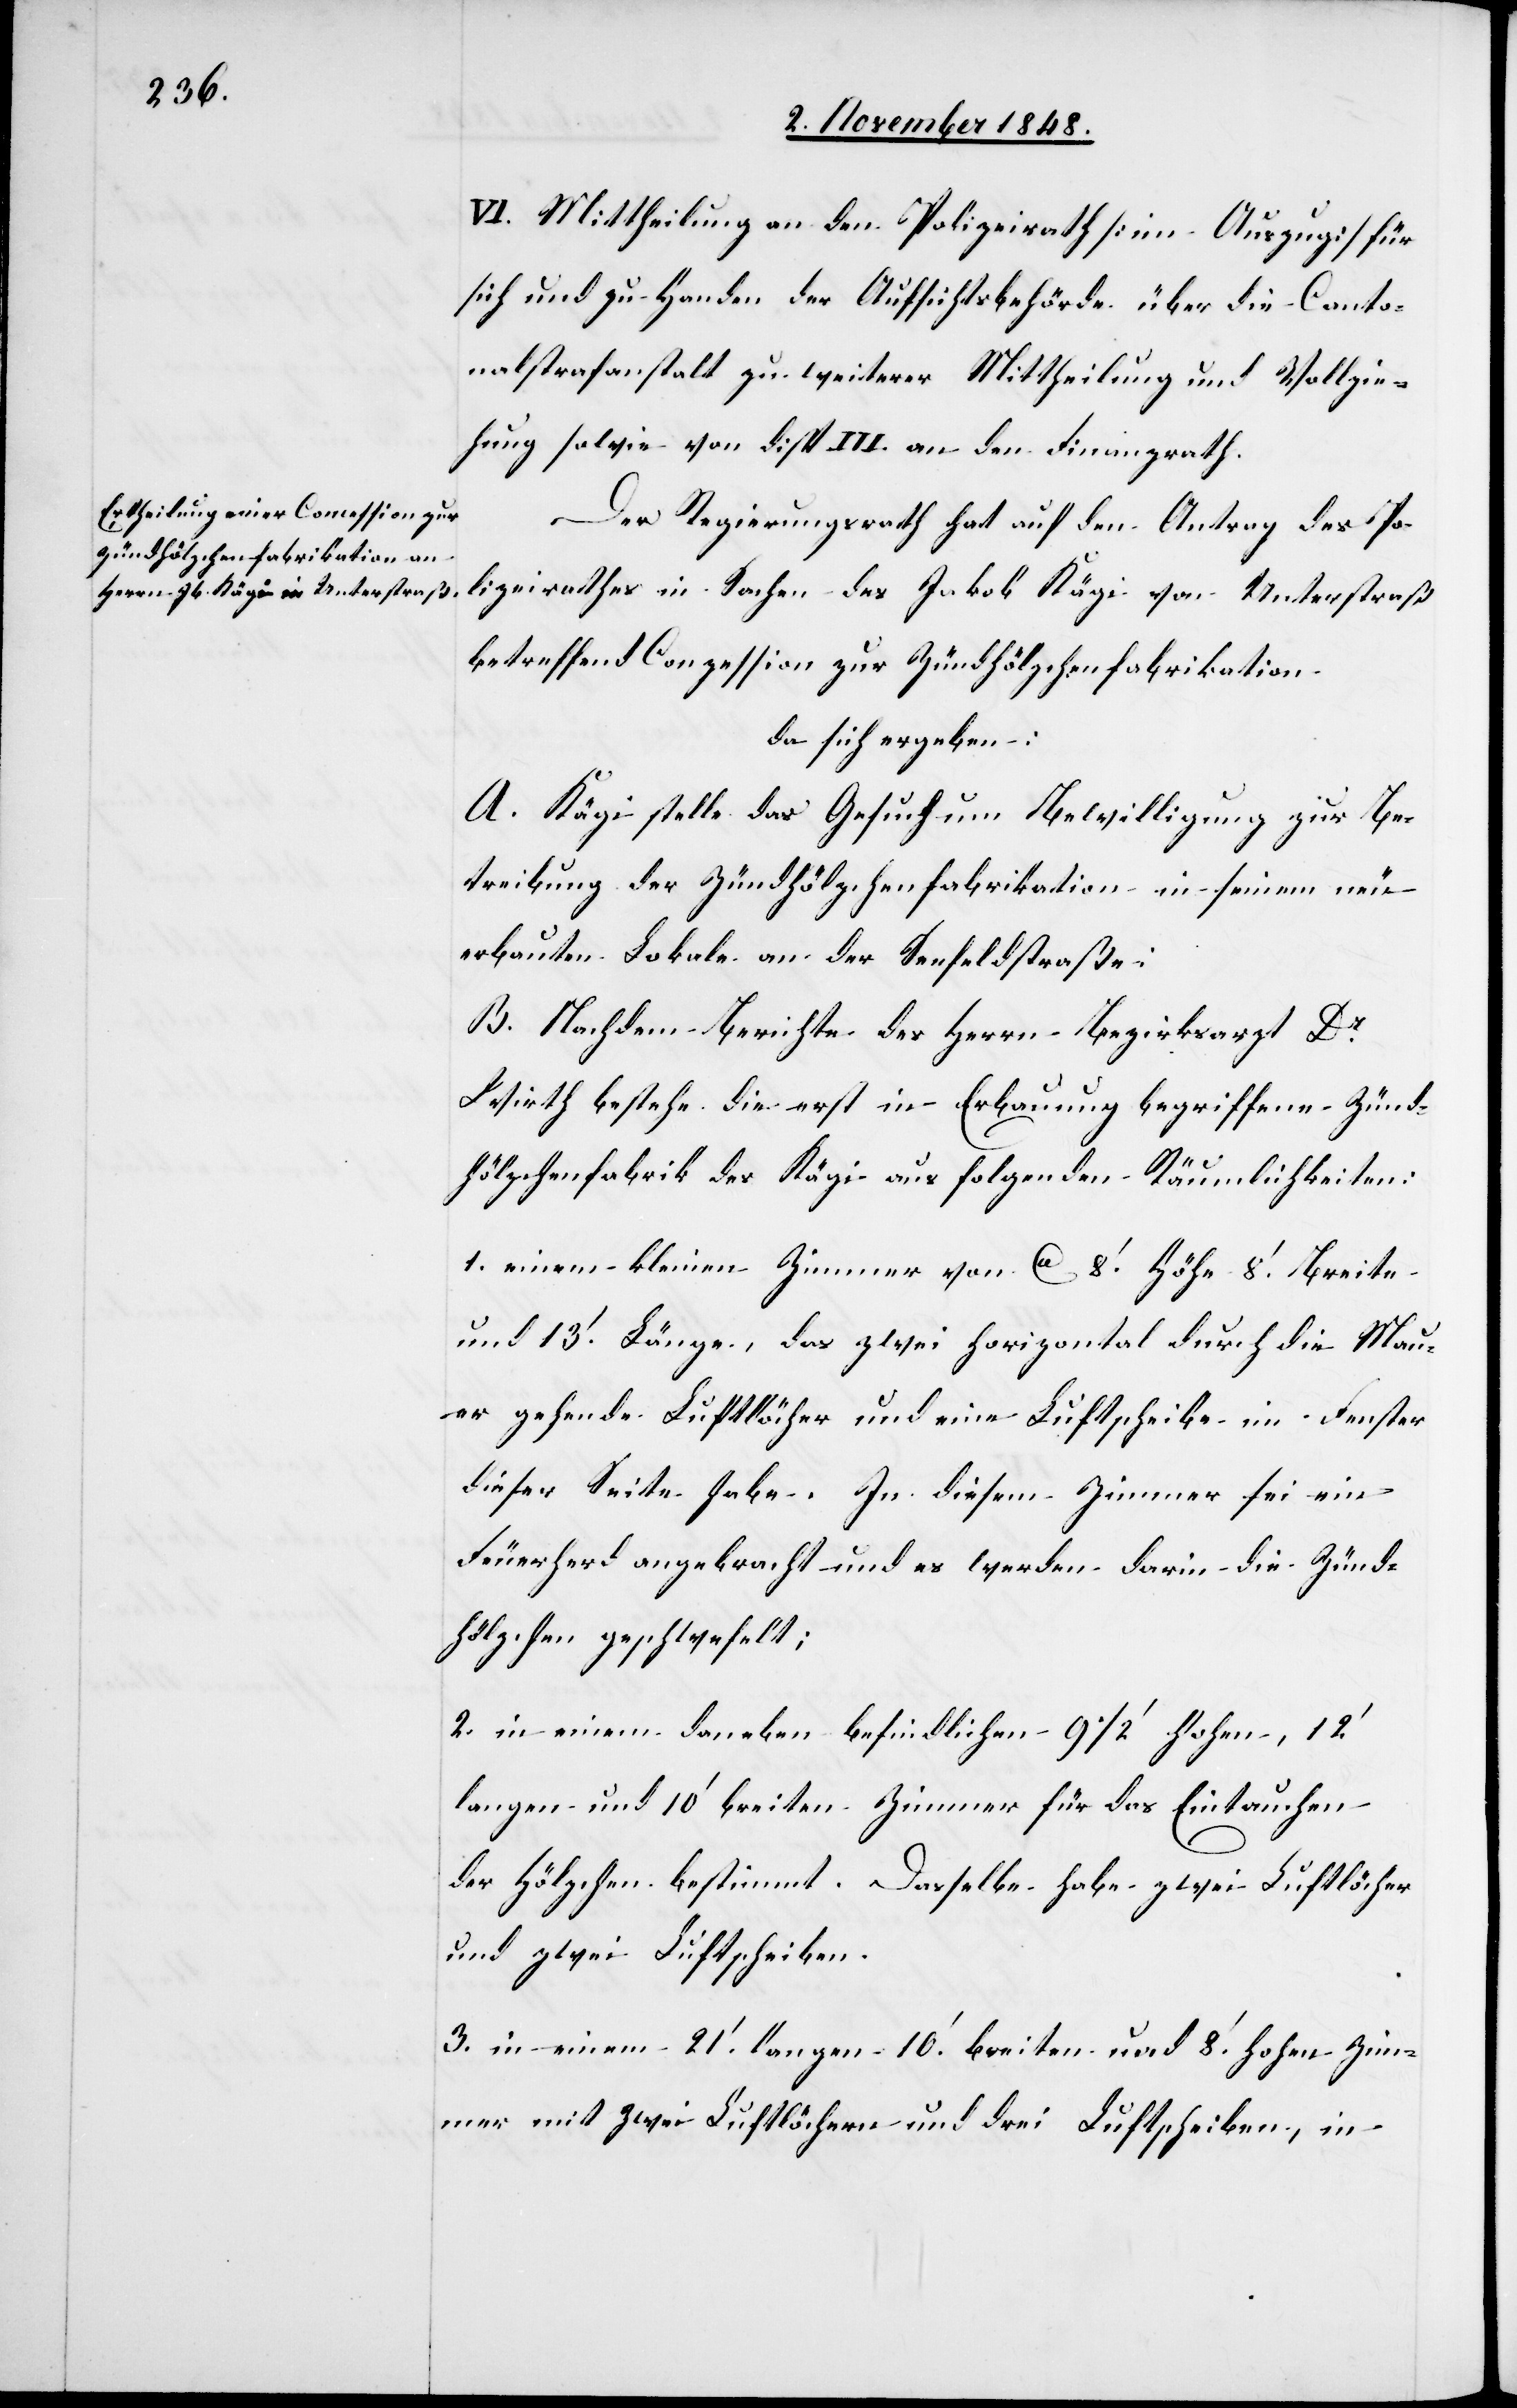
VI. Mittheilung an den Polizeirath [im Auszug] für
sich und zu Handen der Aufsichtsbehörde über die Canto¬
nalstrafanstalt zu weiterer Mittheilung und Vollzie¬
hung sowie von disp. III. an den Finanzrath.
Der Regierungsrath hat auf den Antrag des Po¬
lizeirathes in Sachen des Jakob Kägi von Unterstraß
betreffend Conzession zur Zündhölzchenfabrikation
da sich ergeben:
A. Kägi stelle sich das Gesuch um Bewilligung zur Be¬
treibung der Zündhölzchenfabrikation in seinem neu
erbauten Lokale an der Seefeldstraße:
B. Nachdem Berichte des Herrn Bezirksarzt Dr
Wirth bestehe die erst in Erbauung begriffene Zünd¬
hölzchenfabrik des Kägi aus folgenden Räumlichkeiten:
1. einem kleinen Zimmer von ca. 8’ Höhe 8’ Breite
und 13’ Länge, das zwei horizontal durch die Mau¬
er gehende Luftlöcher und eine Luftscheibe im Fenster
dieser Seite habe. In diesem Zimmer sei ein
Feuerherd angebracht und es werden darin die Zünd¬
hölzchen geschwefelt;
2. in einem daneben befindlichen 9 1/2’ hohen, 12’
langen und 10’ breiten Zimmer für das Eintauchen
der Hölzchen bestimmt. Dasselbe habe zwei Luftlöcher
und zwei Luftscheiben.
3. in einem 21’ langen 10’ breiten und 8’ hohen Zim¬
mer und zwei Luftlöchern und drei Luftscheiben, in